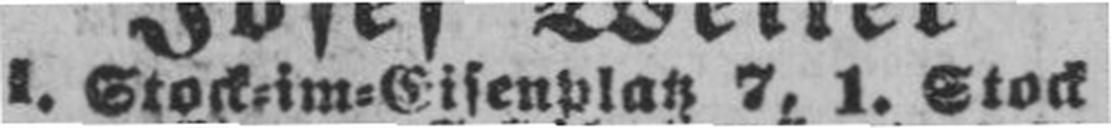
I. Stock=im=Eisenplatz 7, 1. Stock